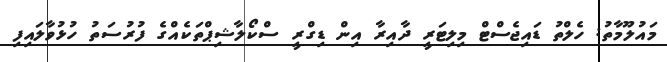
މައުލޫމާތު: ހެލްތު ޑައިޖެސްޓް މިލިޓަރީ ދާއިރާ އިން ޑިގްރީ ސްކޯލާޝިޕްތަކެއްގެ ފުރުސަތު ހުޅުވާލައިފި